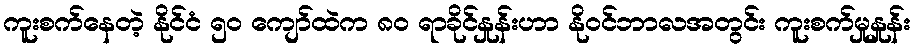
ကူးစက်နေတဲ့ နိုင်ငံ ၅၀ ကျော်ထဲက ၈၀ ရာခိုင်နှုန်းဟာ နိုဝင်ဘာလအတွင်း ကူးစက်မှုနှုန်း